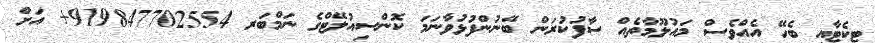
ޓިކެޓާއި ބެހޭ އެއްވެސް މައުލޫމާތެއް ސާފުކުރަން ބޭނުންފުޅުވާނަމަ ކޮންސިއުލޭޓްގެ ނަމްބަރ 919847702554+ އަށް